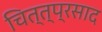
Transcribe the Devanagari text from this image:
चित्त्प्रसाद